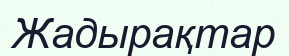
Жадырақтар